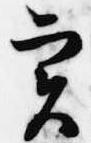
実